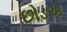
છોડએ